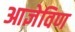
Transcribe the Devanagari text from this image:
आज्ञेविण